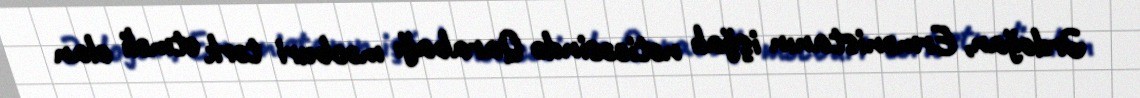
Ərdoğan, Ermənistanın işğalı nəticəsində Qarabağı məcburi tərk etməli olan